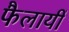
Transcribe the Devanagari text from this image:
फैलायीं